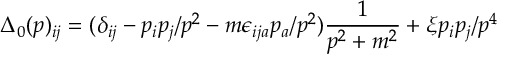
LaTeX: \Delta _ { 0 } ( p ) _ { i j } = ( \delta _ { i j } - p _ { i } p _ { j } / p ^ { 2 } - m \epsilon _ { i j a } p _ { a } / p ^ { 2 } ) \frac { 1 } { p ^ { 2 } + m ^ { 2 } } + \xi p _ { i } p _ { j } / p ^ { 4 }